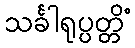
သင်္ခါရုပ္ပတ္တိံ